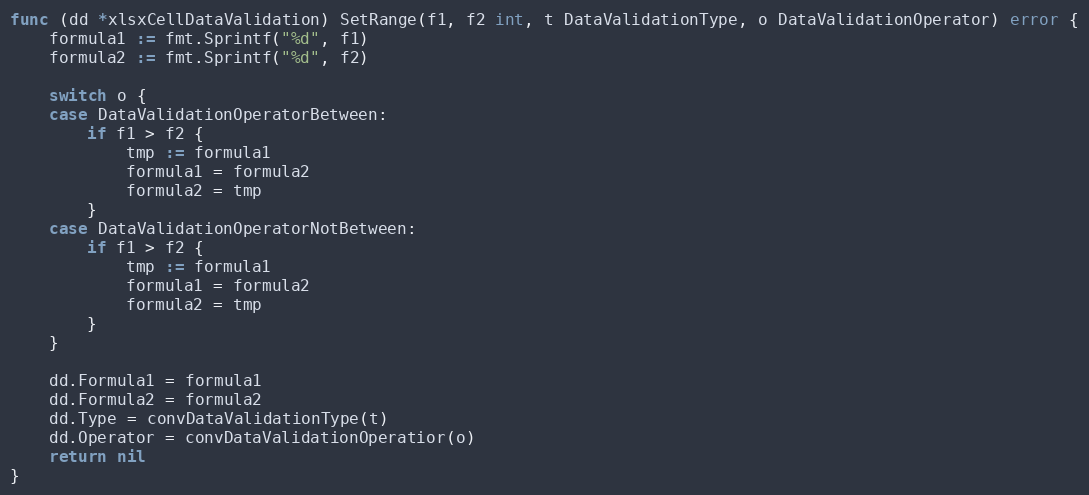
Language: Go
func (dd *xlsxCellDataValidation) SetRange(f1, f2 int, t DataValidationType, o DataValidationOperator) error {
	formula1 := fmt.Sprintf("%d", f1)
	formula2 := fmt.Sprintf("%d", f2)

	switch o {
	case DataValidationOperatorBetween:
		if f1 > f2 {
			tmp := formula1
			formula1 = formula2
			formula2 = tmp
		}
	case DataValidationOperatorNotBetween:
		if f1 > f2 {
			tmp := formula1
			formula1 = formula2
			formula2 = tmp
		}
	}

	dd.Formula1 = formula1
	dd.Formula2 = formula2
	dd.Type = convDataValidationType(t)
	dd.Operator = convDataValidationOperatior(o)
	return nil
}